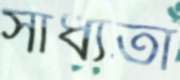
সাধ্যতা